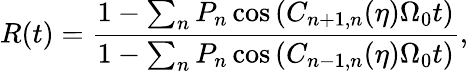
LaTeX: R(t)=\frac{1-\sum_{n}P_{n}\cos{\left(C_{n+1,n}(\eta)\Omega_{0}t\right)}}{1-\sum_{n}P_{n}\cos{\left(C_{n-1,n}(\eta)\Omega_{0}t\right)}},